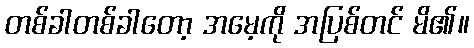
တစ်ခါတစ်ခါတော့ အမေ့ကို အပြစ်တင် မိ၏။